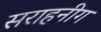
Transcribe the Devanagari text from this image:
सराहनीग